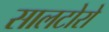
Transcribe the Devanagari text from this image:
सालटोरो